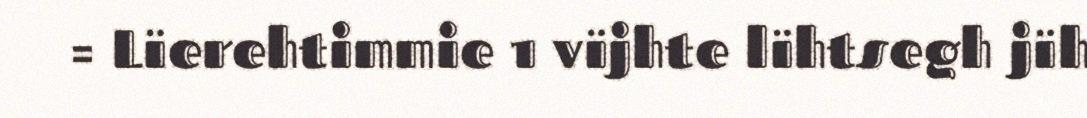
= Lïerehtimmie 1 vïjhte lïhtsegh jïh